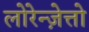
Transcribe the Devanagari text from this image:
लोरेन्ज़ेत्तो